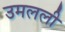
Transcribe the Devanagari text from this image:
उमलली